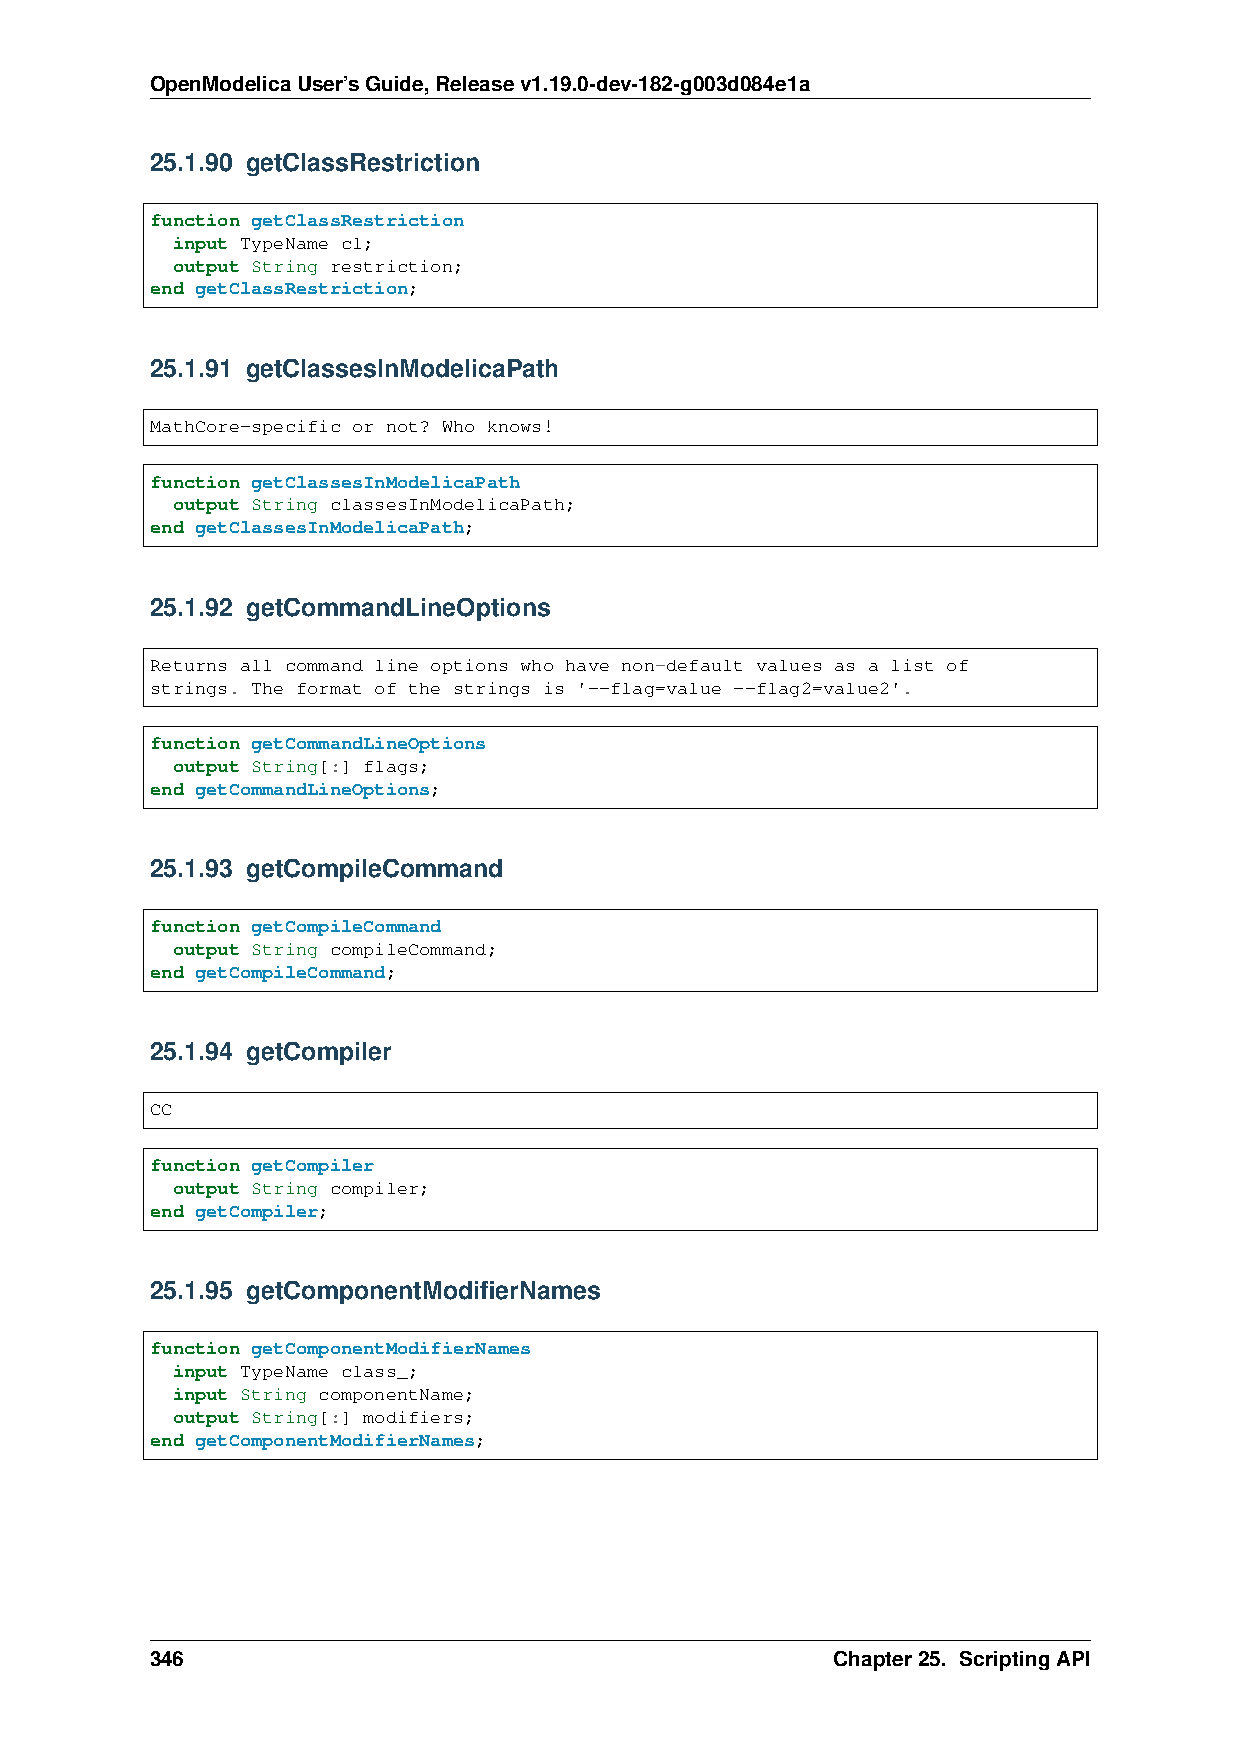
OpenModelicaUser’sGuide,Releasev1.19.0-dev-182-g003d084e1a
 25.1.90 getClassRestriction
 function getClassRestriction
 input TypeName cl;
 output String restriction;
 end getClassRestriction;
 25.1.91 getClassesInModelicaPath
 MathCore-specific or not? Who knows!
 function getClassesInModelicaPath
 output String classesInModelicaPath;
 end getClassesInModelicaPath;
 25.1.92 getCommandLineOptions
 Returns all command line options who have non-default values as a list of
 strings. The format of the strings is '--flag=value --flag2=value2'.
 function getCommandLineOptions
 output String[:] flags;
 end getCommandLineOptions;
 25.1.93 getCompileCommand
 function getCompileCommand
 output String compileCommand;
 end getCompileCommand;
 25.1.94 getCompiler
 CC
 function getCompiler
 output String compiler;
 end getCompiler;
 25.1.95 getComponentModifierNames
 function getComponentModifierNames
 input TypeName class_;
 input String componentName;
 output String[:] modifiers;
 end getComponentModifierNames;
 346                                          Chapter25. ScriptingAPI